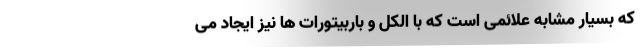
که بسیار مشابه علائمی است که با الکل و باربیتورات ها نیز ایجاد می